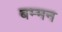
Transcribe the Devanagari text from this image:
बम्मन